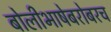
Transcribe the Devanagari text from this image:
बोलीभाषेबरोबरच